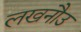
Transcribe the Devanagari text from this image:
लखनौउ